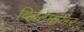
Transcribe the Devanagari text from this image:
बिबटेमांजर